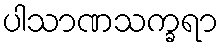
ပါသာဏသက္ခရာ